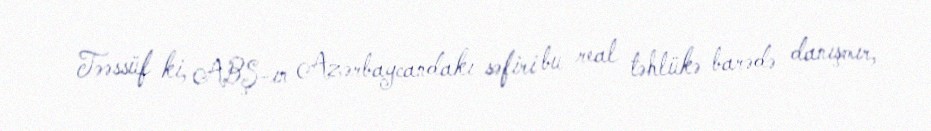
Təəssüf ki, ABŞ-ın Azərbaycandakı səfiri bu real təhlükə barədə danışmır,